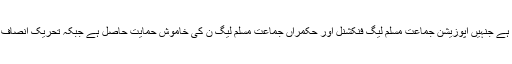
یاد رہے وزیر اعلیٰ سندھ کے لیے پیپلزپارٹی کی جانب مراد علی شاہ کو امیدوار نامزد کیا گیا ہے جنہیں اپوزیشن جماعت مسلم لیگ فنکشنل اور حکمراں جماعت مسلم لیگ ن کی خاموش حمایت حاصل ہے جبکہ تحریک انصاف کی جانب سے خرم شیر زمان نے بھی قائد ایوان کے لیے کاغذاتِ نامزدگی جمع کروائے ہیں۔